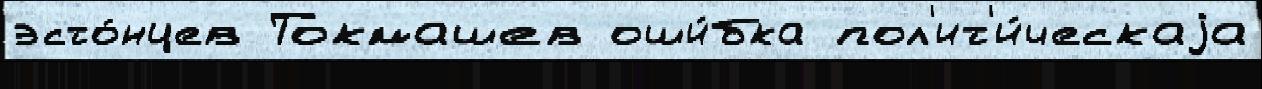
эсто́нцев Токмашев оши́бка пол'ит'и́ческаjа